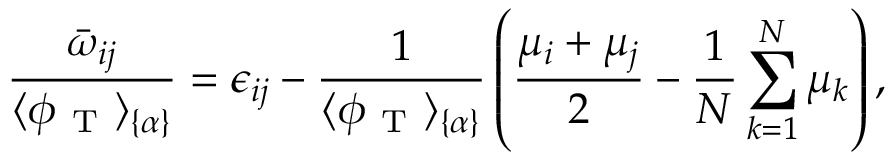
\frac { \bar { \omega } _ { i j } } { \langle \phi _ { \mathrm { ~ T ~ } } \rangle _ { \{ \alpha \} } } = \epsilon _ { i j } - \frac { 1 } { \langle \phi _ { \mathrm { ~ T ~ } } \rangle _ { \{ \alpha \} } } \left( \frac { \mu _ { i } + \mu _ { j } } { 2 } - \frac { 1 } { N } \sum _ { k = 1 } ^ { N } \mu _ { k } \right) ,